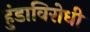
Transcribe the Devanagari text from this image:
हुंडाविरोधी